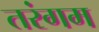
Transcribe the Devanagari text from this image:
तरंगम